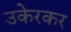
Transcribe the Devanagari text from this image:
उकेरकर